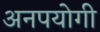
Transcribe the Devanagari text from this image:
अनपयोगी